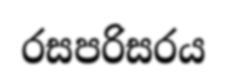
රසපරිසරය